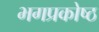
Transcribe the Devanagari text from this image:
भगप्रकोष्ठ